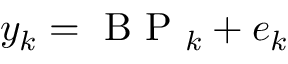
y _ { k } = \mathrm { ~ B ~ P ~ } _ { k } + e _ { k }